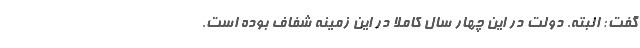
گفت: البته‌. دولت در این چهار سال کاملا در این زمینه شفاف بوده است.